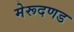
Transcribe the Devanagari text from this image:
मेरूदणड